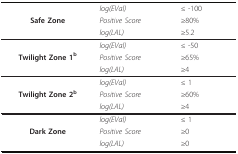
<table><thead><tr><td></td><td><b><i>log(EVal)</i></b></td><td><b>≤ -100</b></td></tr><tr><td><b>Safe Zone</b></td><td><b><i>Positive Score</i></b></td><td><b>≥80%</b></td></tr><tr><td></td><td><b><i>log(LAL)</i></b></td><td><b>≥5.2</b></td></tr></thead><tbody><tr><td></td><td><i>log(EVal)</i></td><td>≤ -50</td></tr><tr><td><b>Twilight Zone 1<sup>b</sup></b></td><td><i>Positive Score</i></td><td>≥65%</td></tr><tr><td></td><td><i>log(LAL)</i></td><td>≥4</td></tr><tr><td></td><td><i>log(EVal)</i></td><td>≤ 1</td></tr><tr><td><b>Twilight Zone 2<sup>b</sup></b></td><td><i>Positive Score</i></td><td>≥60%</td></tr><tr><td></td><td><i>log(LAL)</i></td><td>≥4</td></tr><tr><td></td><td><i>log(EVal)</i></td><td>≤ 1</td></tr><tr><td><b>Dark Zone</b></td><td><i>Positive Score</i></td><td>≥0</td></tr><tr><td></td><td><i>log(LAL)</i></td><td>≥0</td></tr></tbody></table>